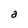
Character: a